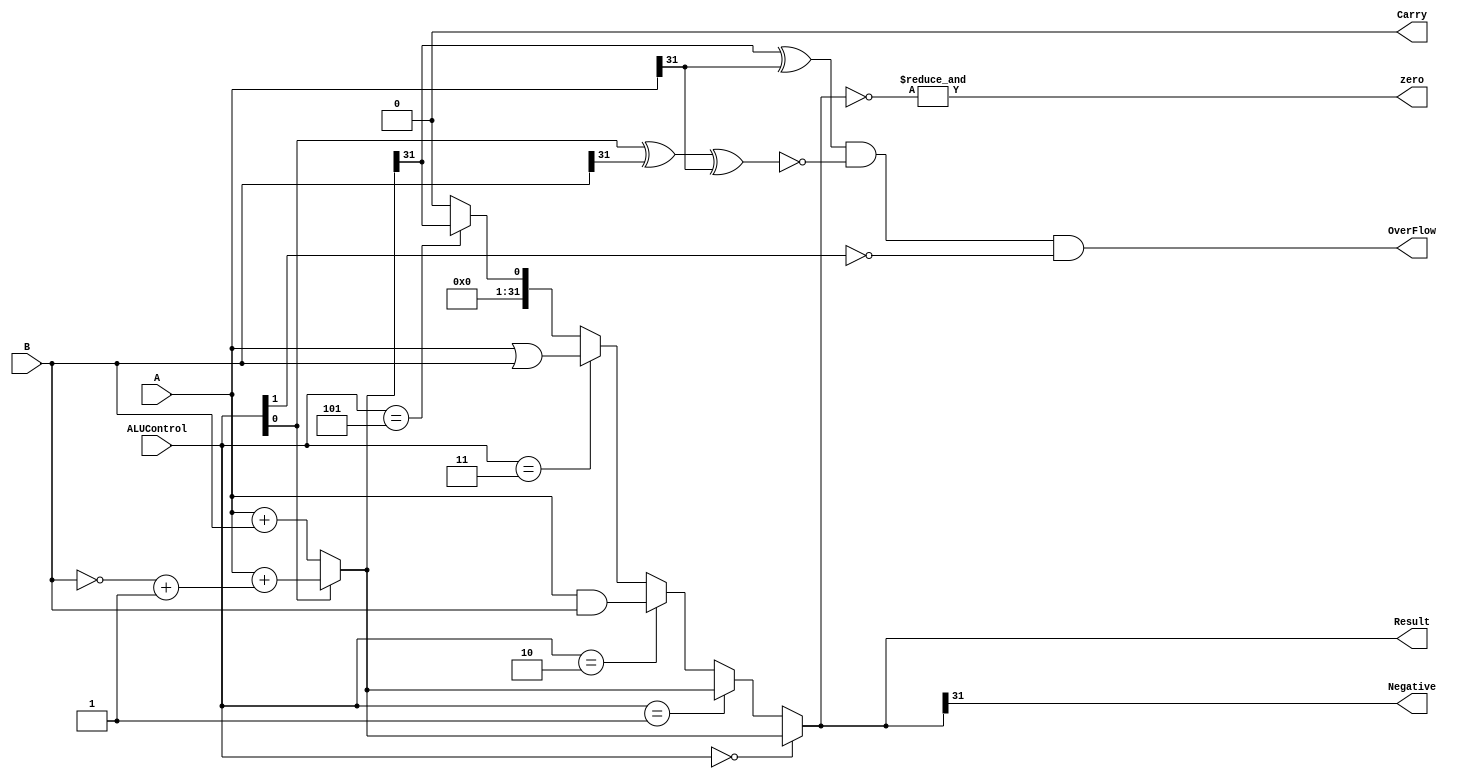
`timescale 1ns / 1ps
//////////////////////////////////////////////////////////////////////////////////
// Company: 
// Engineer: 
// 
// Design Name: 
// Module Name: alu1
// Project Name: 
// Target Devices: 
// Tool Versions: 
// Description: 
// 
// Dependencies: 
// 
// Revision:
// Revision 0.01 - File Created
// Additional Comments:
// 
//////////////////////////////////////////////////////////////////////////////////

module alu1(A,B,Result,ALUControl,OverFlow,Carry,zero,Negative);

    input [31:0]A,B;
    input [2:0]ALUControl;
    output Carry,OverFlow,zero,Negative;
    output [31:0]Result;

    wire Cout;
    wire [31:0]Sum;

    assign Sum = (ALUControl[0] == 1'b0) ? A + B :
                                          (A + ((~B)+1)) ;
    assign {Cout,Result} = (ALUControl == 3'b000) ? Sum :
                           (ALUControl == 3'b001) ? Sum :
                           (ALUControl == 3'b010) ? A & B :
                           (ALUControl == 3'b011) ? A | B :
                           (ALUControl == 3'b101) ? {{32{1'b0}},(Sum[31])} :
                           {33{1'b0}};
    assign OverFlow = ((Sum[31] ^ A[31]) & 
                      (~(ALUControl[0] ^ B[31] ^ A[31])) &
                      (~ALUControl[1]));
    assign Carry = ((~ALUControl[1]) & Cout);
    assign zero = &(~Result);
    assign Negative = Result[31];

endmodule